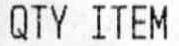
QTY ITEM